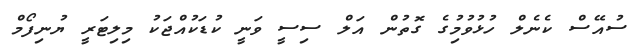
ސުއޭސް ކެނެލް ހުޅުވުމުިގެ ގޮތުން އަލް ސިސީ ވަނީ ކުޑަކުއްޖަކު މިލިޓަރީ ޔުނިފޯމް